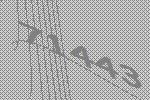
71443